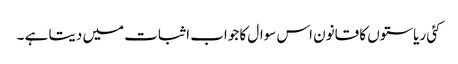
کئی ریاستوں کا قانون اس سوال کا جواب اثبات میں دیتا ہے ۔